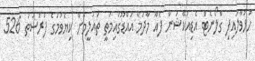
ހުޅުވާލައިފި ގްލޯނެޓް އެޑިއުކޭޝަން ފެއާ މާދަމާ އައްޑޫގައިމަތީ ތައުލީމަށް ކިޔެވުމުގެ ފުރުސަތު 526